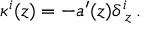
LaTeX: \kappa ^ { i } ( z ) = - a ^ { \prime } ( z ) \delta _ { \; z } ^ { i } \, .